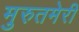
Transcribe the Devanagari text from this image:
मुरुतमेरी